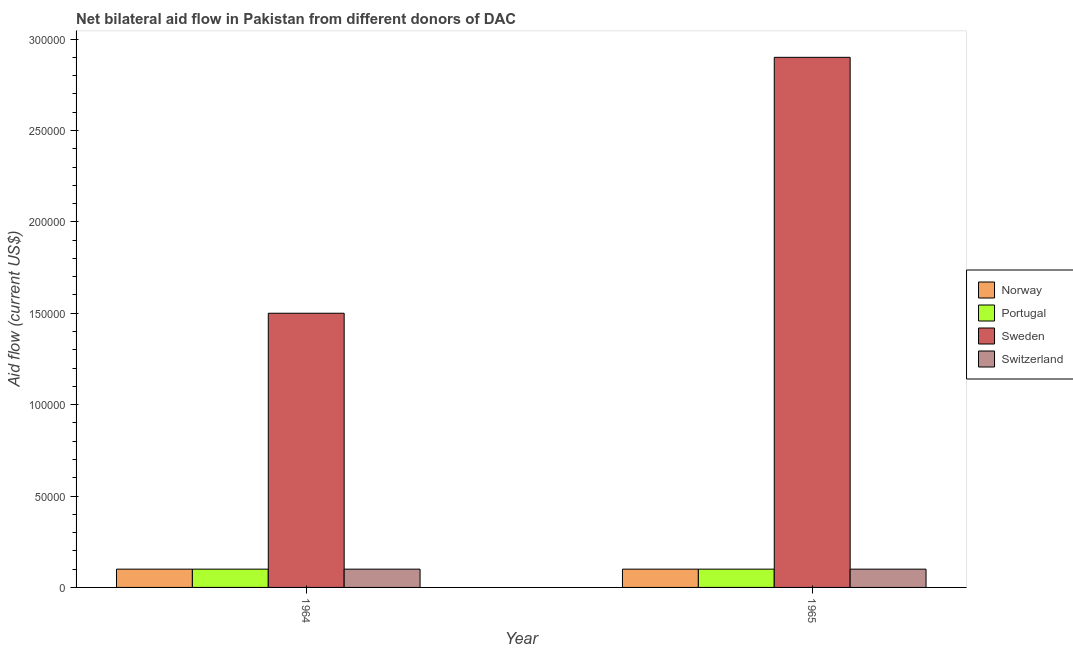
| Year | Norway | Portugal | Sweden | Switzerland |
 | --- | --- | --- | --- | --- |
 | 1964 | 1e+04 | 1e+04 | 1.5e+05 | 1e+04 |
 | 1965 | 1e+04 | 1e+04 | 2.9e+05 | 1e+04 |